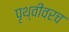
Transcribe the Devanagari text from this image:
पृथ्वीवरच